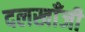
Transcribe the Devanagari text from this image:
दलखाँजी